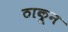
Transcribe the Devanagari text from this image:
ठाकून